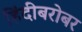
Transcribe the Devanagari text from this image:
हिंदीबरोबर